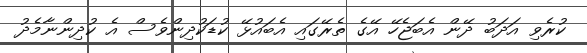
ކުރެވި އަދަބު ދޭން އެބަޖެހޭ އޭގެ ތެރޭގައި އެބައުޅޭ ކުޑަކުދިންވެސް އެ ކުދިންނާމެދު